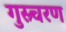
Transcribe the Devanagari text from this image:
गुस्र्चरण